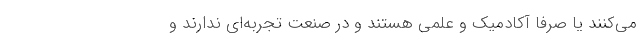
می‌کنند یا صرفاً آکادمیک و علمی هستند و در صنعت تجربه‌ای ندارند و